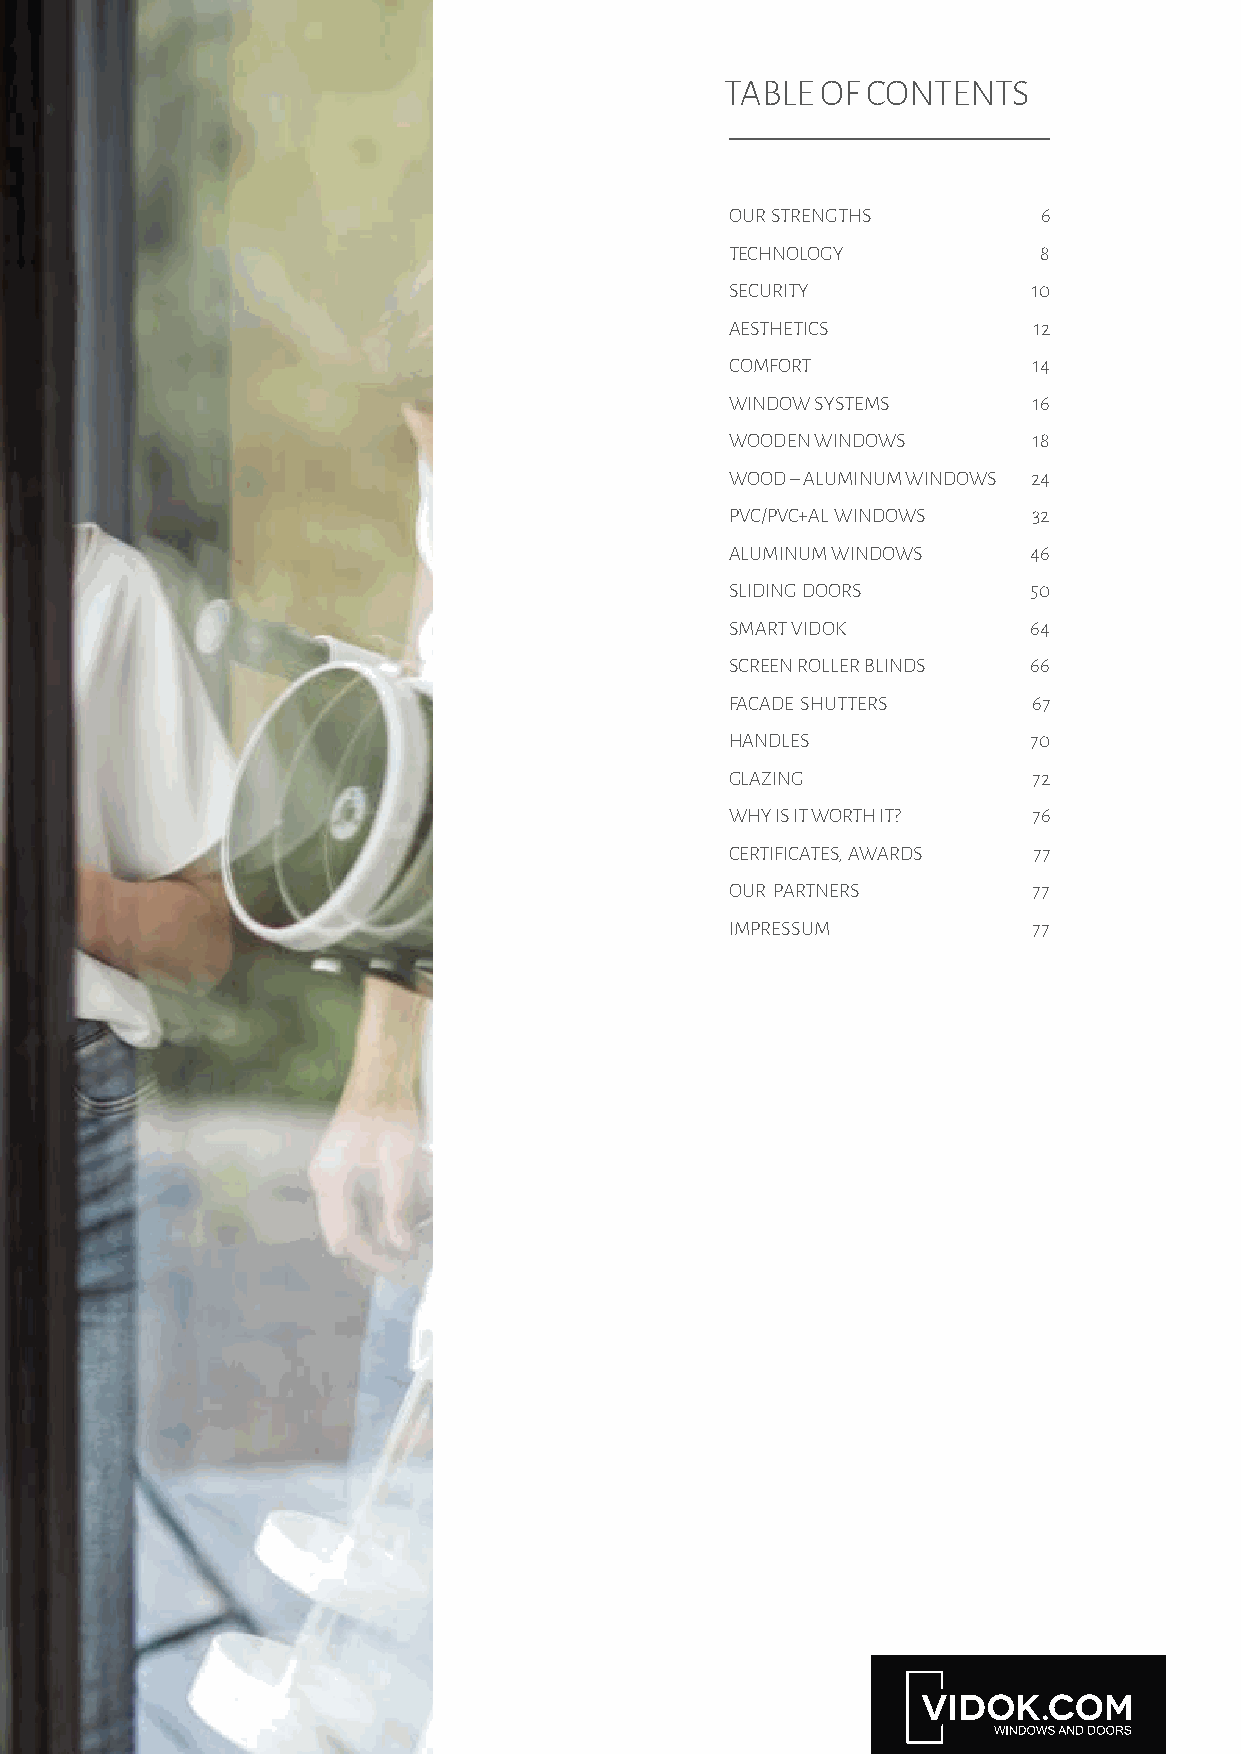
TABLE OF CONTENTS
 OUR STRENGTHS        6
 TECHNOLOGY           8
 SECURITY            10
 AESTHETICS          12
 COMFORT             14
 WINDOW SYSTEMS      16
 WOODEN WINDOWS      18
 WOOD – ALUMINUM WINDOWS 24
 PVC/PVC+AL WINDOWS  32
 ALUMINUM WINDOWS    46
 SLIDING DOORS       50
 SMART VIDOK         64
 SCREEN ROLLER BLINDS 66
 FACADE SHUTTERS     67
 HANDLES             70
 GLAZING             72
 WHY IS IT WORTH IT? 76
 CERTIFICATES, AWARDS 77
 OUR PARTNERS        77
 IMPRESSUM           77